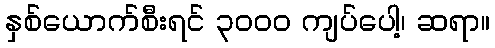
နှစ်ယောက်စီးရင် ၃၀၀၀ ကျပ်ပေါ့၊ ဆရာ။